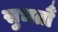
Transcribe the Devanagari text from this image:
सुभतौं